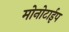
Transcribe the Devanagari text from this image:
मोनोटाईप